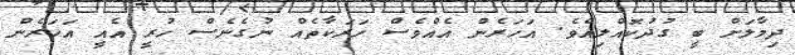
ދިމާލަށް ބީ ގުދުކޮއްލިއެވެ. އަހަރެން އެއްވެސް ހަރަކާތެއް ނުގެނެސް ހުރީ އެއީ އަހަރެން